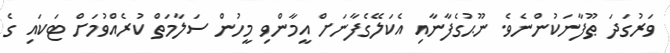
ވަރުގަދަ ޠޫފާނަކުންނެވެ. ނޫޙުގެފާނާއި އެކަލޭގެފާނަށް އީމާންވި މީހުން ސަލާމަތް ކުރެއްވުމަށް ޓަކައި ގެ